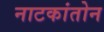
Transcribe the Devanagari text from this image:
नाटकांतोन